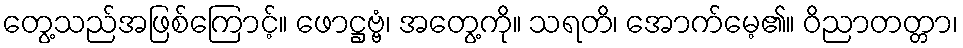
တွေ့သည်အဖြစ်ကြောင့်။ ဖောဋ္ဌဗ္ဗံ၊ အတွေ့ကို။ သရတိ၊ အောက်မေ့၏။ ဝိညာတတ္တာ၊